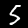
Digit: 5